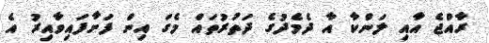
ރާއްޖެ އާއި ލަންކާ އާ ދެމެދުގެ ދަތުރުތައް މެގަ އިން ފަށާފައިވާއިރު އެ